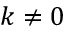
k \neq 0